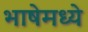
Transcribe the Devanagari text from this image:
भाषेमध्‍ये